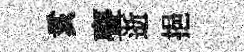
亥亹逝挹